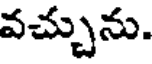
వచ్చును.